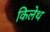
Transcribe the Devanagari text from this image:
किलेथ